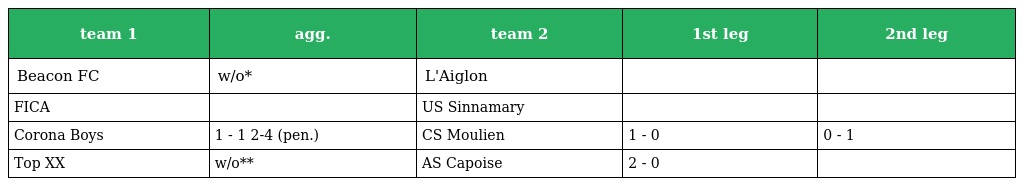
| team 1 | agg. | team 2 | 1st leg | 2nd leg |
 | --- | --- | --- | --- | --- |
 | Beacon FC | w/o* | L'Aiglon |  |  |
 | FICA |  | US Sinnamary |  |  |
 | Corona Boys | 1 - 1 2-4 (pen.) | CS Moulien | 1 - 0 | 0 - 1 |
 | Top XX | w/o** | AS Capoise | 2 - 0 |  |